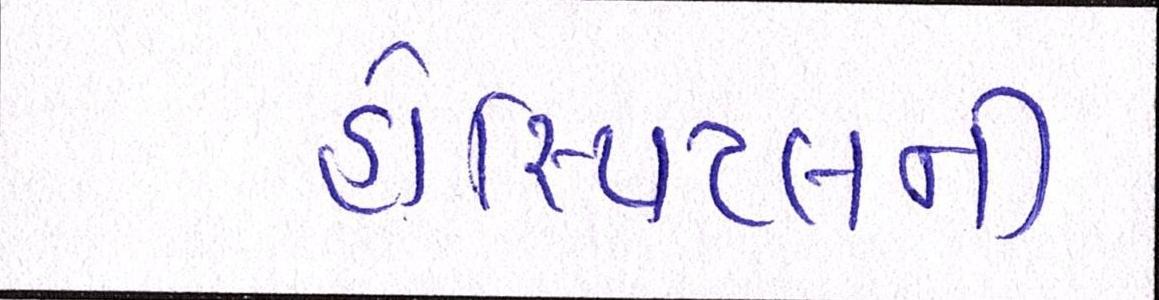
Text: હોસ્પિટલની